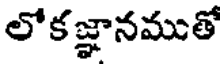
లోక జ్ఞానముతో